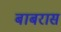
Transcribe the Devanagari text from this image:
बाबरास